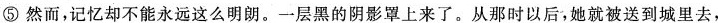
⑤然而，记忆却不能永远这么明朗。一层黑的阴影罩上来了。从那时以后，她就被送到里去，